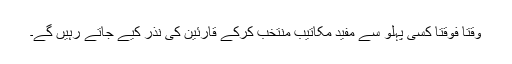
وقتاً فوقتاً کسی پہلو سے مفید مکاتیب منتخب کرکے قارئین کی نذر کیے جاتے رہیں گے۔